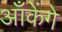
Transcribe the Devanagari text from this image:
आँकेंगे